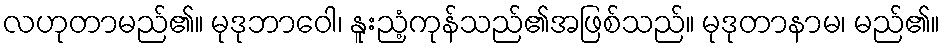
လဟုတာမည်၏။ မုဒုဘာဝေါ၊ နူးညံ့ကုန်သည်၏အဖြစ်သည်။ မုဒုတာနာမ၊ မည်၏။